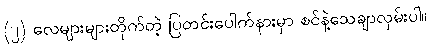
(၂) လေများများတိုက်တဲ့ ပြတင်းပေါက်နားမှာ စင်နဲ့သေချာလှမ်းပါ။